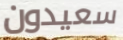
سعيدون